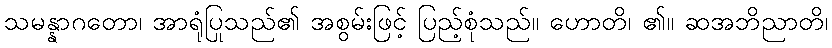
သမန္နာဂတော၊ အာရုံပြုသည်၏ အစွမ်းဖြင့် ပြည့်စုံသည်။ ဟောတိ၊ ၏။ ဆအဘိညာတိ၊